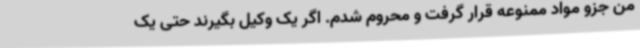
من جزو مواد ممنوعه قرار گرفت و محروم شدم. اگر یک وکیل بگیرند حتی یک